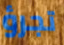
تجرؤ